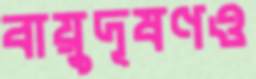
বায়ুদূষণও